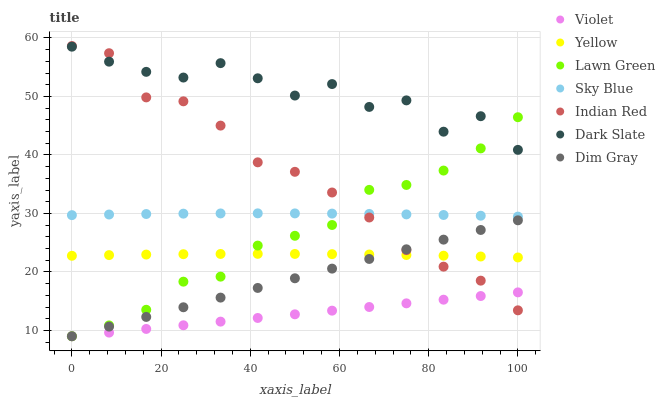
| xaxis_label | Violet | Yellow | Lawn Green | Sky Blue | Indian Red | Dark Slate | Dim Gray |
 | --- | --- | --- | --- | --- | --- | --- | --- |
 | 0 | 9 | 22.8 | 9 | 29.7 | 58.6 | 58.5 | 9 |
 | 8.33 | 9.63 | 22.9 | 10.8 | 29.8 | 57.4 | 55.9 | 10.7 |
 | 16.7 | 10.3 | 23 | 13.5 | 29.9 | 49.8 | 54.2 | 12.3 |
 | 25 | 10.9 | 23 | 18.3 | 30 | 49.2 | 53.2 | 14 |
 | 33.3 | 11.5 | 23.1 | 19.2 | 30 | 45 | 55.7 | 15.6 |
 | 41.7 | 12.1 | 23.1 | 24.5 | 30 | 38.7 | 53.1 | 17.3 |
 | 50 | 12.8 | 23.1 | 26.2 | 30 | 37.1 | 50.1 | 18.9 |
 | 58.3 | 13.4 | 23 | 28 | 30 | 33.6 | 52.1 | 20.6 |
 | 66.7 | 14 | 23 | 34 | 29.9 | 29.3 | 48.2 | 22.2 |
 | 75 | 14.6 | 22.9 | 34.9 | 29.8 | 23.7 | 49.3 | 23.9 |
 | 83.3 | 15.3 | 22.8 | 37.3 | 29.7 | 20.9 | 44 | 25.5 |
 | 91.7 | 15.9 | 22.6 | 41.1 | 29.6 | 18.5 | 46.6 | 27.2 |
 | 100 | 16.5 | 22.5 | 46.4 | 29.5 | 13.4 | 40.9 | 28.8 |